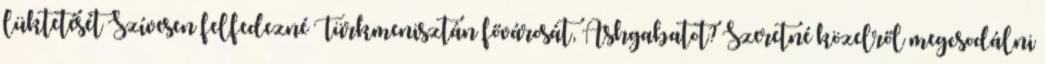
lüktetését Szívesen felfedezné Türkmenisztán fővárosát, Ashgabatot? Szeretné közelről megcsodálni